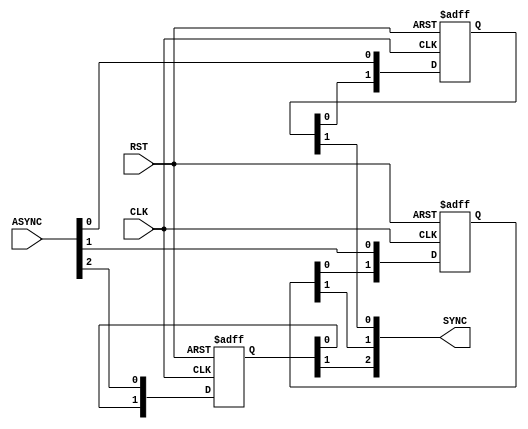
module BIT_SYNC #(
   parameter  NUM_STAGES = 'd2,
   parameter  BUS_WIDTH  = 'd3
) (
    input                                      CLK,
    input                                      RST,
    input          [BUS_WIDTH-'d1:0]           ASYNC,
    output   reg   [BUS_WIDTH-'d1:0]           SYNC

);
reg [NUM_STAGES-'d1:0] Q [0:BUS_WIDTH-'d1];
integer  i;
integer  j;
integer  k;
    always @(posedge CLK ,negedge RST) 
        begin
            if (!RST) 
                begin
                    for (i =0 ;i<BUS_WIDTH;i=i+1 ) 
                        begin
                           Q[i]<='d0;
                        end 
                end
            else 
                begin
                   for (i =0 ;i<BUS_WIDTH;i=i+1 ) 
                        begin
                           Q[i][0]<=ASYNC[i];
                           //SYNC[i]<=Q[i][NUM_STAGES-1];
                           for (j=1;j<NUM_STAGES;j=j+1) 
                                begin
                                    Q[i][j]<=Q[i][j-1];
                                end
                        end
                    
                end
        end
        
        always @(*) 
            begin
                for (k = 0;k<BUS_WIDTH ;k=k+1 ) 
                    begin
                        SYNC[k] = Q[k][NUM_STAGES-1];
                    end
            end
       
endmodule